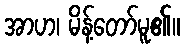
အာဟ၊ မိန့်တော်မူ၏။